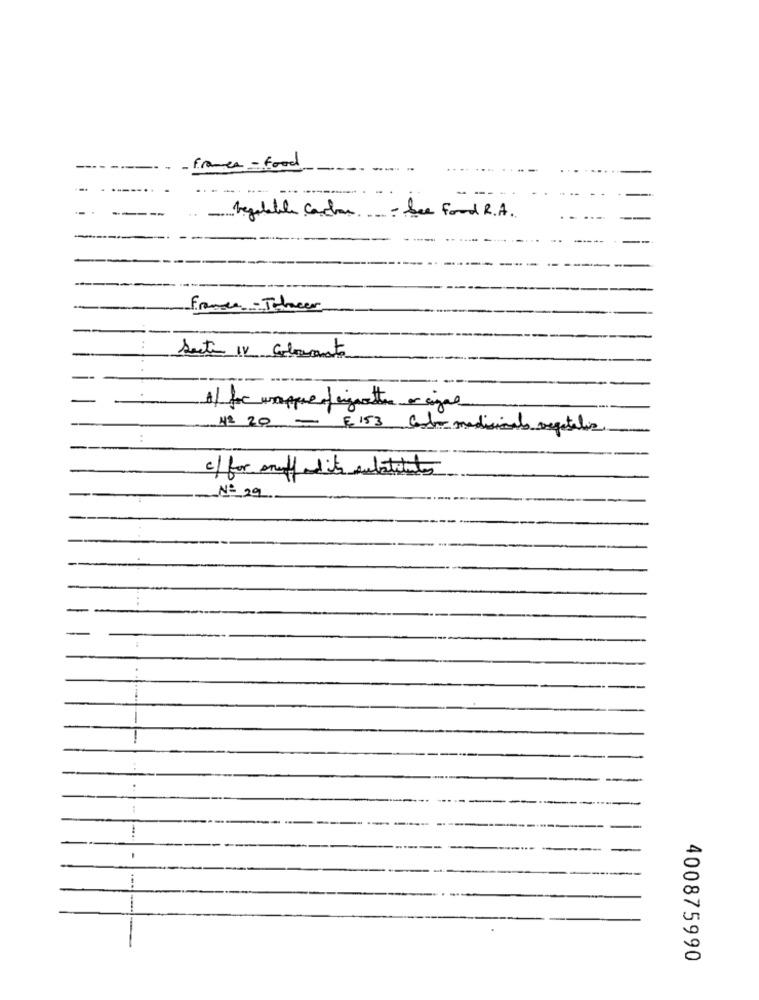
- frames - food
regolabile cachar - See Food R.A.
Frances - Tohacer
Seite 11 Colorants
1) for wrapped vignettes or cigal
Nº 20 - 153 Condo medicinal vegetalis
:
of for anoff white substitutes
Nº 29
..
400875990